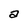
Character: a